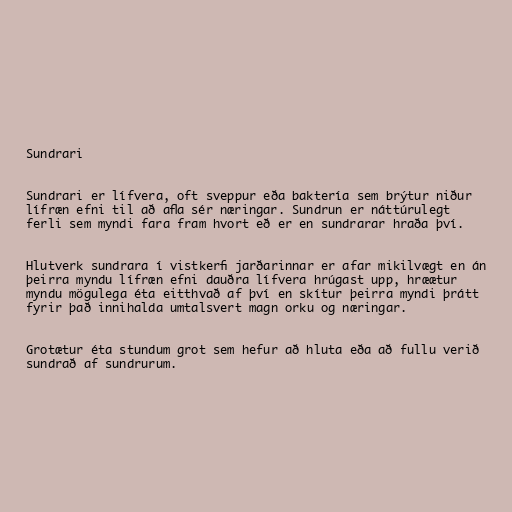
Sundrari

Sundrari er lífvera, oft sveppur eða baktería sem brýtur niður
lífræn efni til að afla sér næringar. Sundrun er náttúrulegt
ferli sem myndi fara fram hvort eð er en sundrarar hraða því.

Hlutverk sundrara í vistkerfi jarðarinnar er afar mikilvægt en án
þeirra myndu lífræn efni dauðra lífvera hrúgast upp, hræætur
myndu mögulega éta eitthvað af því en skítur þeirra myndi þrátt
fyrir það innihalda umtalsvert magn orku og næringar.

Grotætur éta stundum grot sem hefur að hluta eða að fullu verið
sundrað af sundrurum.